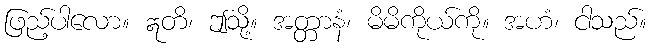
ဖြည့်ပါလော။ ဣတိ၊ ဤသို့။ အတ္တာနံ၊ မိမိကိုယ်ကို။ အဟံ၊ ငါသည်။